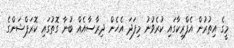
މީގެ އިތުރުން އެފްރިކާގައި ކުރެވުނު މިފަދަ އެހެން ދިރާސާއެއް ބުނާ ގޮތުގައި ކޮރަޕްޝަންގެ